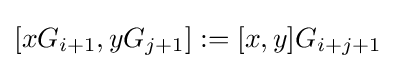
[xG_{i+1},yG_{j+1}]:=[x,y]G_{i+j+1}